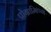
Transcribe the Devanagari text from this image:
प्रोग्रामिण्ग